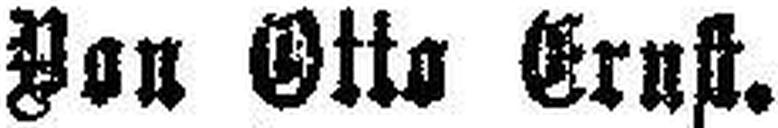
Von Otto Ernst.